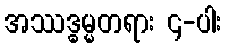
အဿဒ္ဓမ္မတရား ၄-ပါး